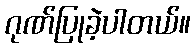
ဂုဏ်ပြုခဲ့ပါတယ်။